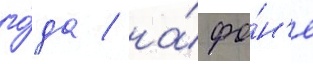
го́да / на́ фо́н'е